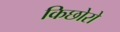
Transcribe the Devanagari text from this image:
किछोरो